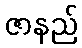
ဇာနည်